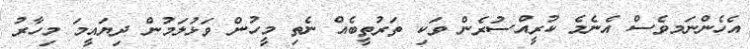
އެހެންނަަމވެސް އެނެމެ ކުރީއްސުރެން ވަކި ތަރުތީބެއް ނެތި މީހުން ވަޅުލަމުން ދިޔައީމަ މިހާރު